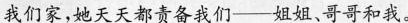
我们家,她天天都责备我们——姐姐、哥哥和我